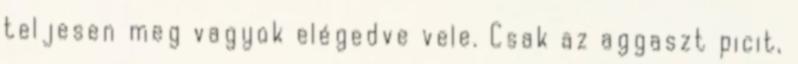
teljesen meg vagyok elégedve vele. Csak az aggaszt picit,